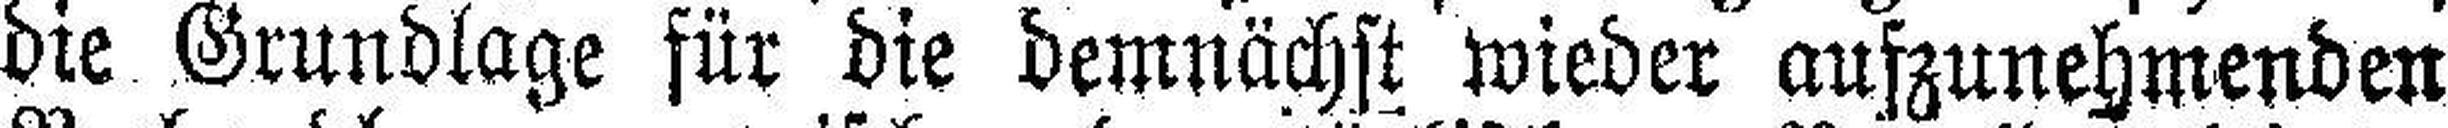
die Grundlage für die demnächst wieder aufzunehmenden